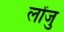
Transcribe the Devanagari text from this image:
लोंजु